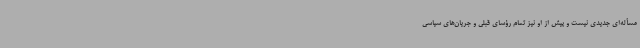
مسأله‌ای جدیدی نیست و پیش از او نیز تمام رؤسای قبلی و جریان‌های سیاسی